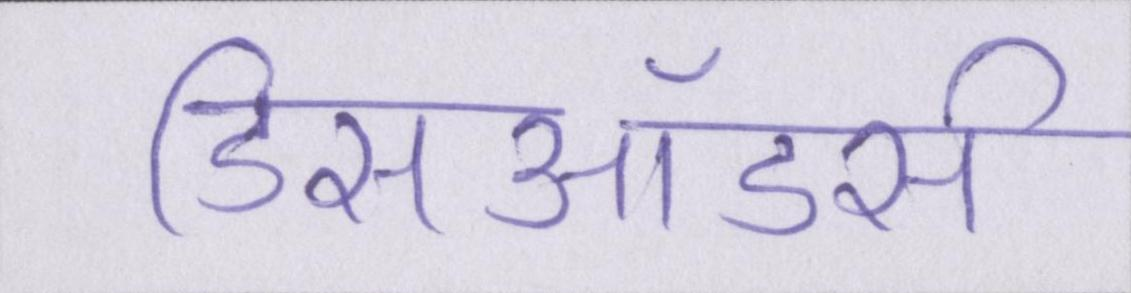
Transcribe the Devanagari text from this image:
डिसऑडर्स